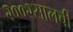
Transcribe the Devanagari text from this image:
२००२सालची